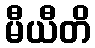
မီယီတိ